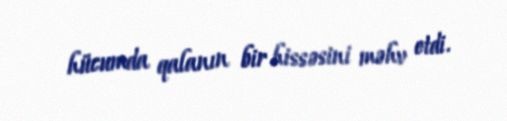
hücumda qalanın bir hissəsini məhv etdi.